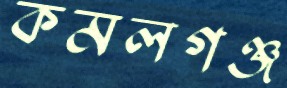
কমলগঞ্জ